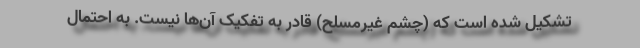
تشکیل شده است که (چشم غیرمسلح) قادر به تفکیک آن‌ها نیست. به احتمال